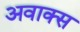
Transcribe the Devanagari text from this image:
अवाक्स